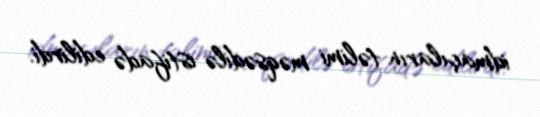
idmaçıların təlimi məqsədilə istifadə edilirdi.